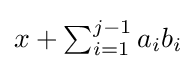
{\textstyle x+\sum _{i=1}^{j-1}a_{i}b_{i}}